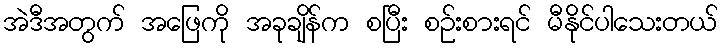
အဲဒီအတွက် အဖြေကို အခုချိန်က စပြီး စဉ်းစားရင် မီနိုင်ပါသေးတယ်